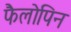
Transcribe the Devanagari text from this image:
फैलोपिन